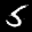
Label: 5